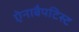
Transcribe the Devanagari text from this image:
ऐनाबैपटिस्ट